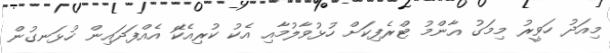
މިއަދު ހަވީރު މިމަގު އާންމު ޓްރެފިކަށް ހުޅުވާލުމާއި އެކު ކުރިއެކަޭ އެއްފަދައިން ހުޅަނގުން